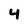
Character: 4